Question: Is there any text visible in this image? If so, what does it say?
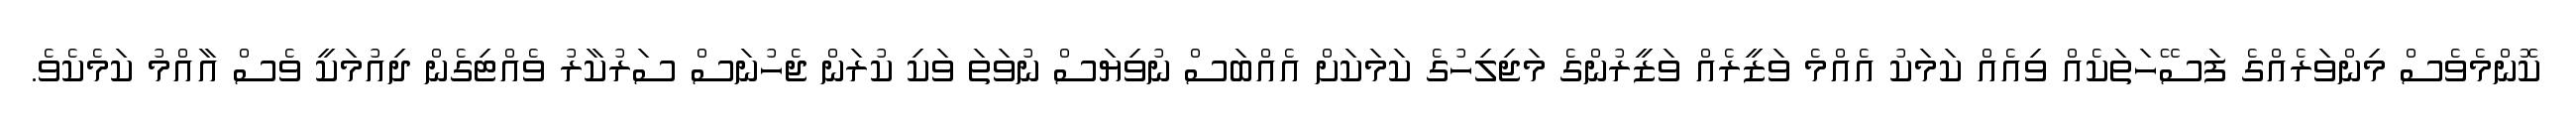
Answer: ކޮންމެވެސް މިންވަރެއްގެ ފަސޭހަތަކެއް ވިއެއް ކަމަކު އެއްމެ ވަޒީރެއް ވަޒީރުންގެ މަޖިލިހުގެ ކަމަކަށް އެއްބަސް ނުވިޔަސް ނުވަތަ ވަކި ކުރަން ޖެހުނަސް ސަރުކާރު ވެއްޓިގެން ދިއުމަކީ ވެސް އާއްމު ކަމެކެވެ.